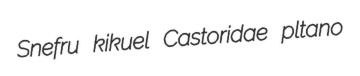
Snefru kikuel Castoridae pltano